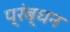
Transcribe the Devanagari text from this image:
प्रंब्धन